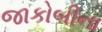
જાકોબીના